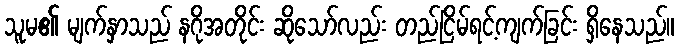
သူမ၏ မျက်နှာသည် နဂိုအတိုင်း ဆိုသော်လည်း တည်ငြိမ်ရင့်ကျက်ခြင်း ရှိနေသည်။